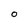
Character: O